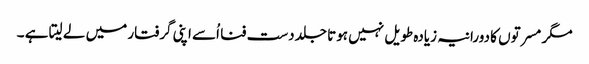
مگر مسرتوں کا دورانیہ زیادہ طویل نہیں ہوتا جلد دست فنا اُسے اپنی گرفتار میں لے لیتا ہے ۔